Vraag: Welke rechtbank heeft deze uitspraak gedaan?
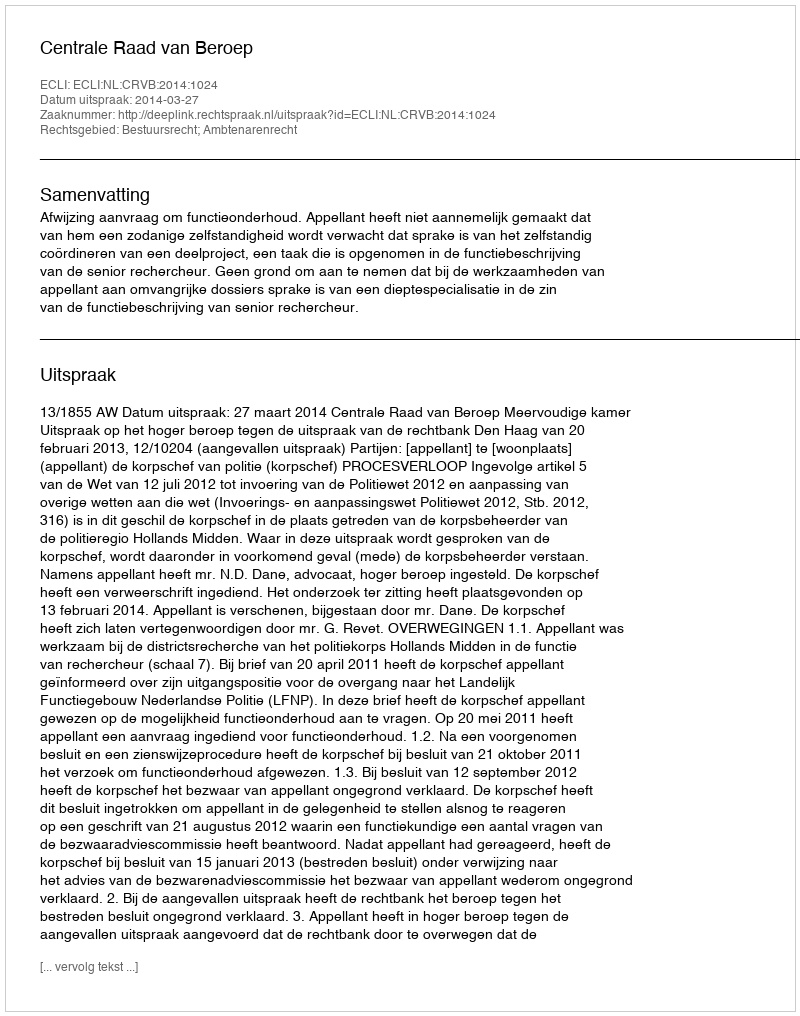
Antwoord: Centrale Raad van Beroep